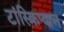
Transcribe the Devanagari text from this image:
टांस्क्रिप्शन